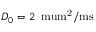
D _ { 0 } = 2 \, \mathrm { \ m u m ^ { 2 } / m s }